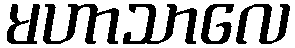
မဟာသာလေ